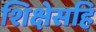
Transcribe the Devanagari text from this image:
शिक्षेसहि